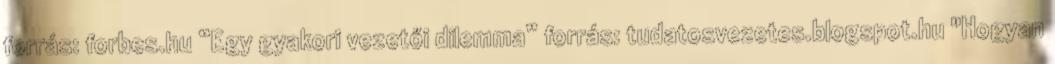
forrás: forbes.hu “Egy gyakori vezetői dilemma” forrás: tudatosvezetes.blogspot.hu "Hogyan